Training of teachers. Junior students, 1910
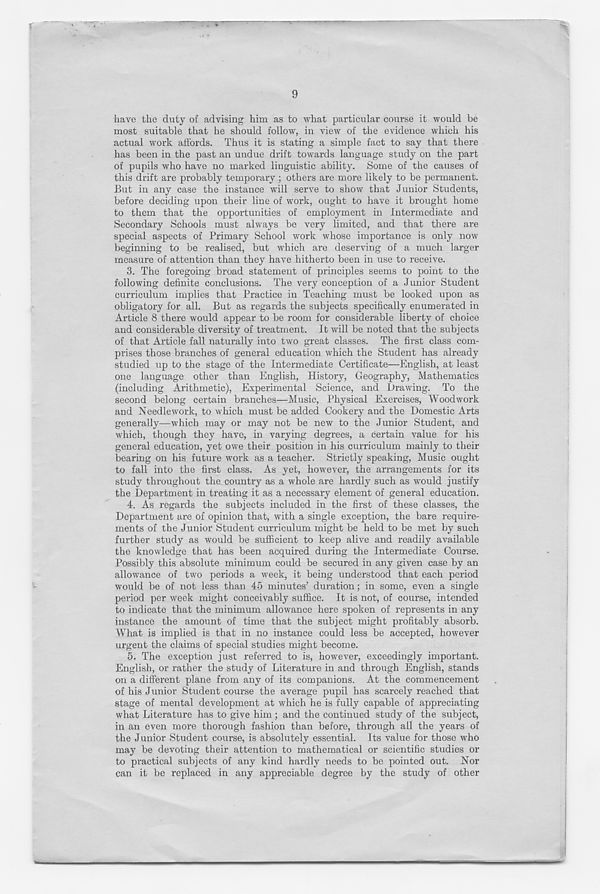
9
have the duty of advising him as to what particular course it would be
most suitable that he should follow, in view of the evidence which his
actual work affords. Thus it is stating a simple fact to say that there
has been in the past an undue drift towards language study on the part
of pupils who have no marked linguistic ability. Some of the causes of
this drift are probably temporary; others are more likely to be permanent.
But in any case the instance will serve to show that Junior Students,
before deciding upon their line of work, ought to have it brought home
to them that the opportunities of employment in Intermediate and
Secondary Schools must always be very limited, and that there are
special aspects of Primary School work whose importance is only now
beginning to be realised, but which are deserving of a much larger
measure of attention than they have hitherto been in use to receive.
3. The foregoing broad statement of principles seems to point to the
following definite conclusions. The very conception of a Junior Student
curriculum implies that Practice in Teaching must be looked upon as
obligatory for all. But as regards the subjects specifically enumerated in
Article 8 there would appear to be room for considerable liberty of choice
and considerable diversity of treatment. It will be noted that the subjects
of that Article fall naturally into two great classes. The first class com-
prises those branches of general education which the Student has already
studied up to the stage of the Intermediate Certificate—English, at least
one language other than English, History, Geography, Mathematics
(including Arithmetic), Experimental Science, and Drawing. To the
second belong certain branches—Music, Physical Exercises, Woodwork
and Needlework, to which must be added Cookery and the Domestic Arts
generally—which may or may not be new to the Junior Student, and
which, though they have, in varying degrees, a certain value for his
general education, yet owe their position in his curriculum mainly to their
bearing on his future work as a teacher. Strictly speaking, Music ought
to fall into the first class. As yet, however, the arrangements for its
study throughout the country as a whole are hardly such as would justify
the Department in treating it as a necessary element of general education.
4. As regards the subjects included in the first of these classes, the
Department are of opinion that, with a single exception, the bare require-
ments of the Junior Student curriculum might be held to be met by such
further study as would be sufficient to keep alive and readily available
the knowledge that has been acquired during the Intermediate Course.
Possibly this absolute minimum could be secured in any given case by an
allowance of two periods a week, it being understood that each period
would be of not less than 45 minutes’ duration; in some, even a single
period per week might conceivably suffice. It is not, of course, intended
to indicate that the minimum allowance here spoken of represents in any
instance the amount of time that the subject might profitably absorb.
What is implied is that in no instance could less be accepted, however
urgent the claims of special studies might become.
5. The exception just referred to is, however, exceedingly important.
English, or rather the study of Literature in and through English, stands
on a different plane from any of its companions. At the commencement
of his Junior Student course the average pupil has scarcely reached that
stage of mental development at which he is fully capable of appreciating
what Literature has to give him; and the continued study of the subject,
in an even more thorough fashion than before, through all the years of
the Junior Student course, is absolutely essential. Its value for those who
may be devoting their attention to mathematical or scientific studies or
to practical subjects of any kind hardly needs to be pointed out. Nor
can it be replaced in any appreciable degree by the study of other